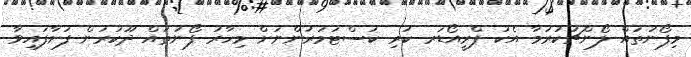
މިފޯނުތައް ލޯންޗުކުރުމާ އެކު ޕްރީއޯޑަރ ކުރި ކަސްޓަމަރުންނަށް މިހާރު ފޯނުތައް ދޫކުރަން ފަށާފައިވާ